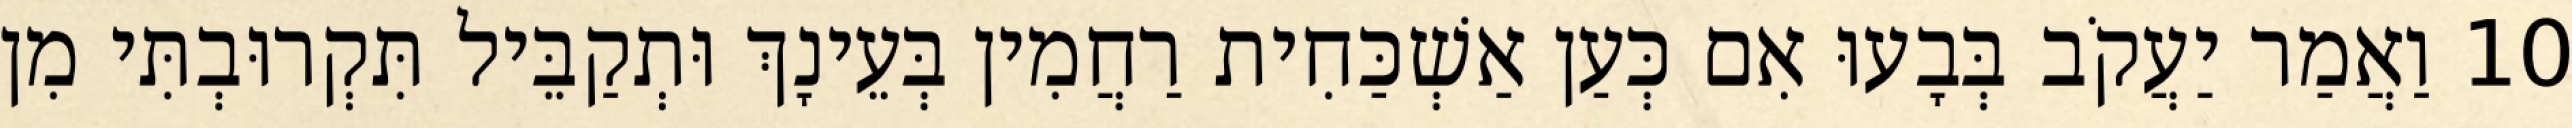
10 וַאֲמַר יַעֲקֹב בְּבָעוּ אִם כְּעַן אַשְׁכַּחִית רַחֲמִין בְּעֵינָךְ וּתְקַבֵּיל תִּקְרוּבְתִּי מִן